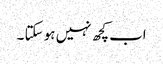
اب کچھ نہیں ہو سکتا ۔